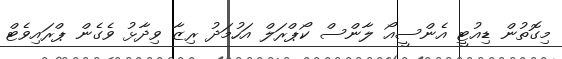
މިގޮތުން ޑިއުޓީ އެންސީއޯ ލާންސް ކޯޕްރަލް އަހުމަދު ރިޒާ ވިދާޅު ވެގެން ޕްރައިވެޓް